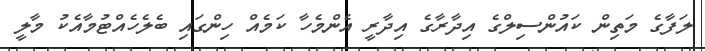
ލަފާގެ މަތިން ކައުންސިލްގެ އިދާރާގެ އިދާރީ އެންމެހާ ކަމެއް ހިންގައި ބެލެހެއްޓުމާއެކު މާލީ